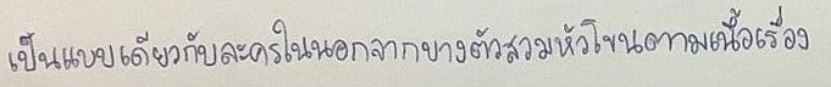
เป็นแบบเดียวกับละครในนอกจากบางตัวสวมหัวโขนตามเนื้อเรื่อง